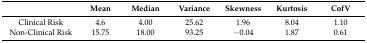
|  | Mean | Median | Variance | Skewness | Kurtosis | CofV |
 | --- | --- | --- | --- | --- | --- | --- |
 | Clinical Risk | 4.6 | 4.00 | 25.62 | 1.96 | 8.04 | 1.10 |
 | Non-Clinical Risk | 15.75 | 18.00 | 93.25 | −0.04 | 1.87 | 0.61 |